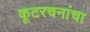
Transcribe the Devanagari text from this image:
कूटरचनांचा